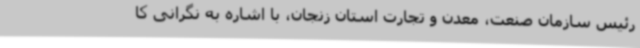
رئیس سازمان صنعت، معدن و تجارت استان زنجان، با اشاره به نگرانی کا